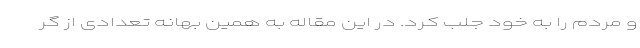
و مردم را به خود جلب کرد. در این مقاله به همین بهانه تعدادی از گر